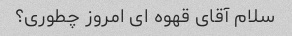
سلام آقای قهوه ای امروز چطوری؟